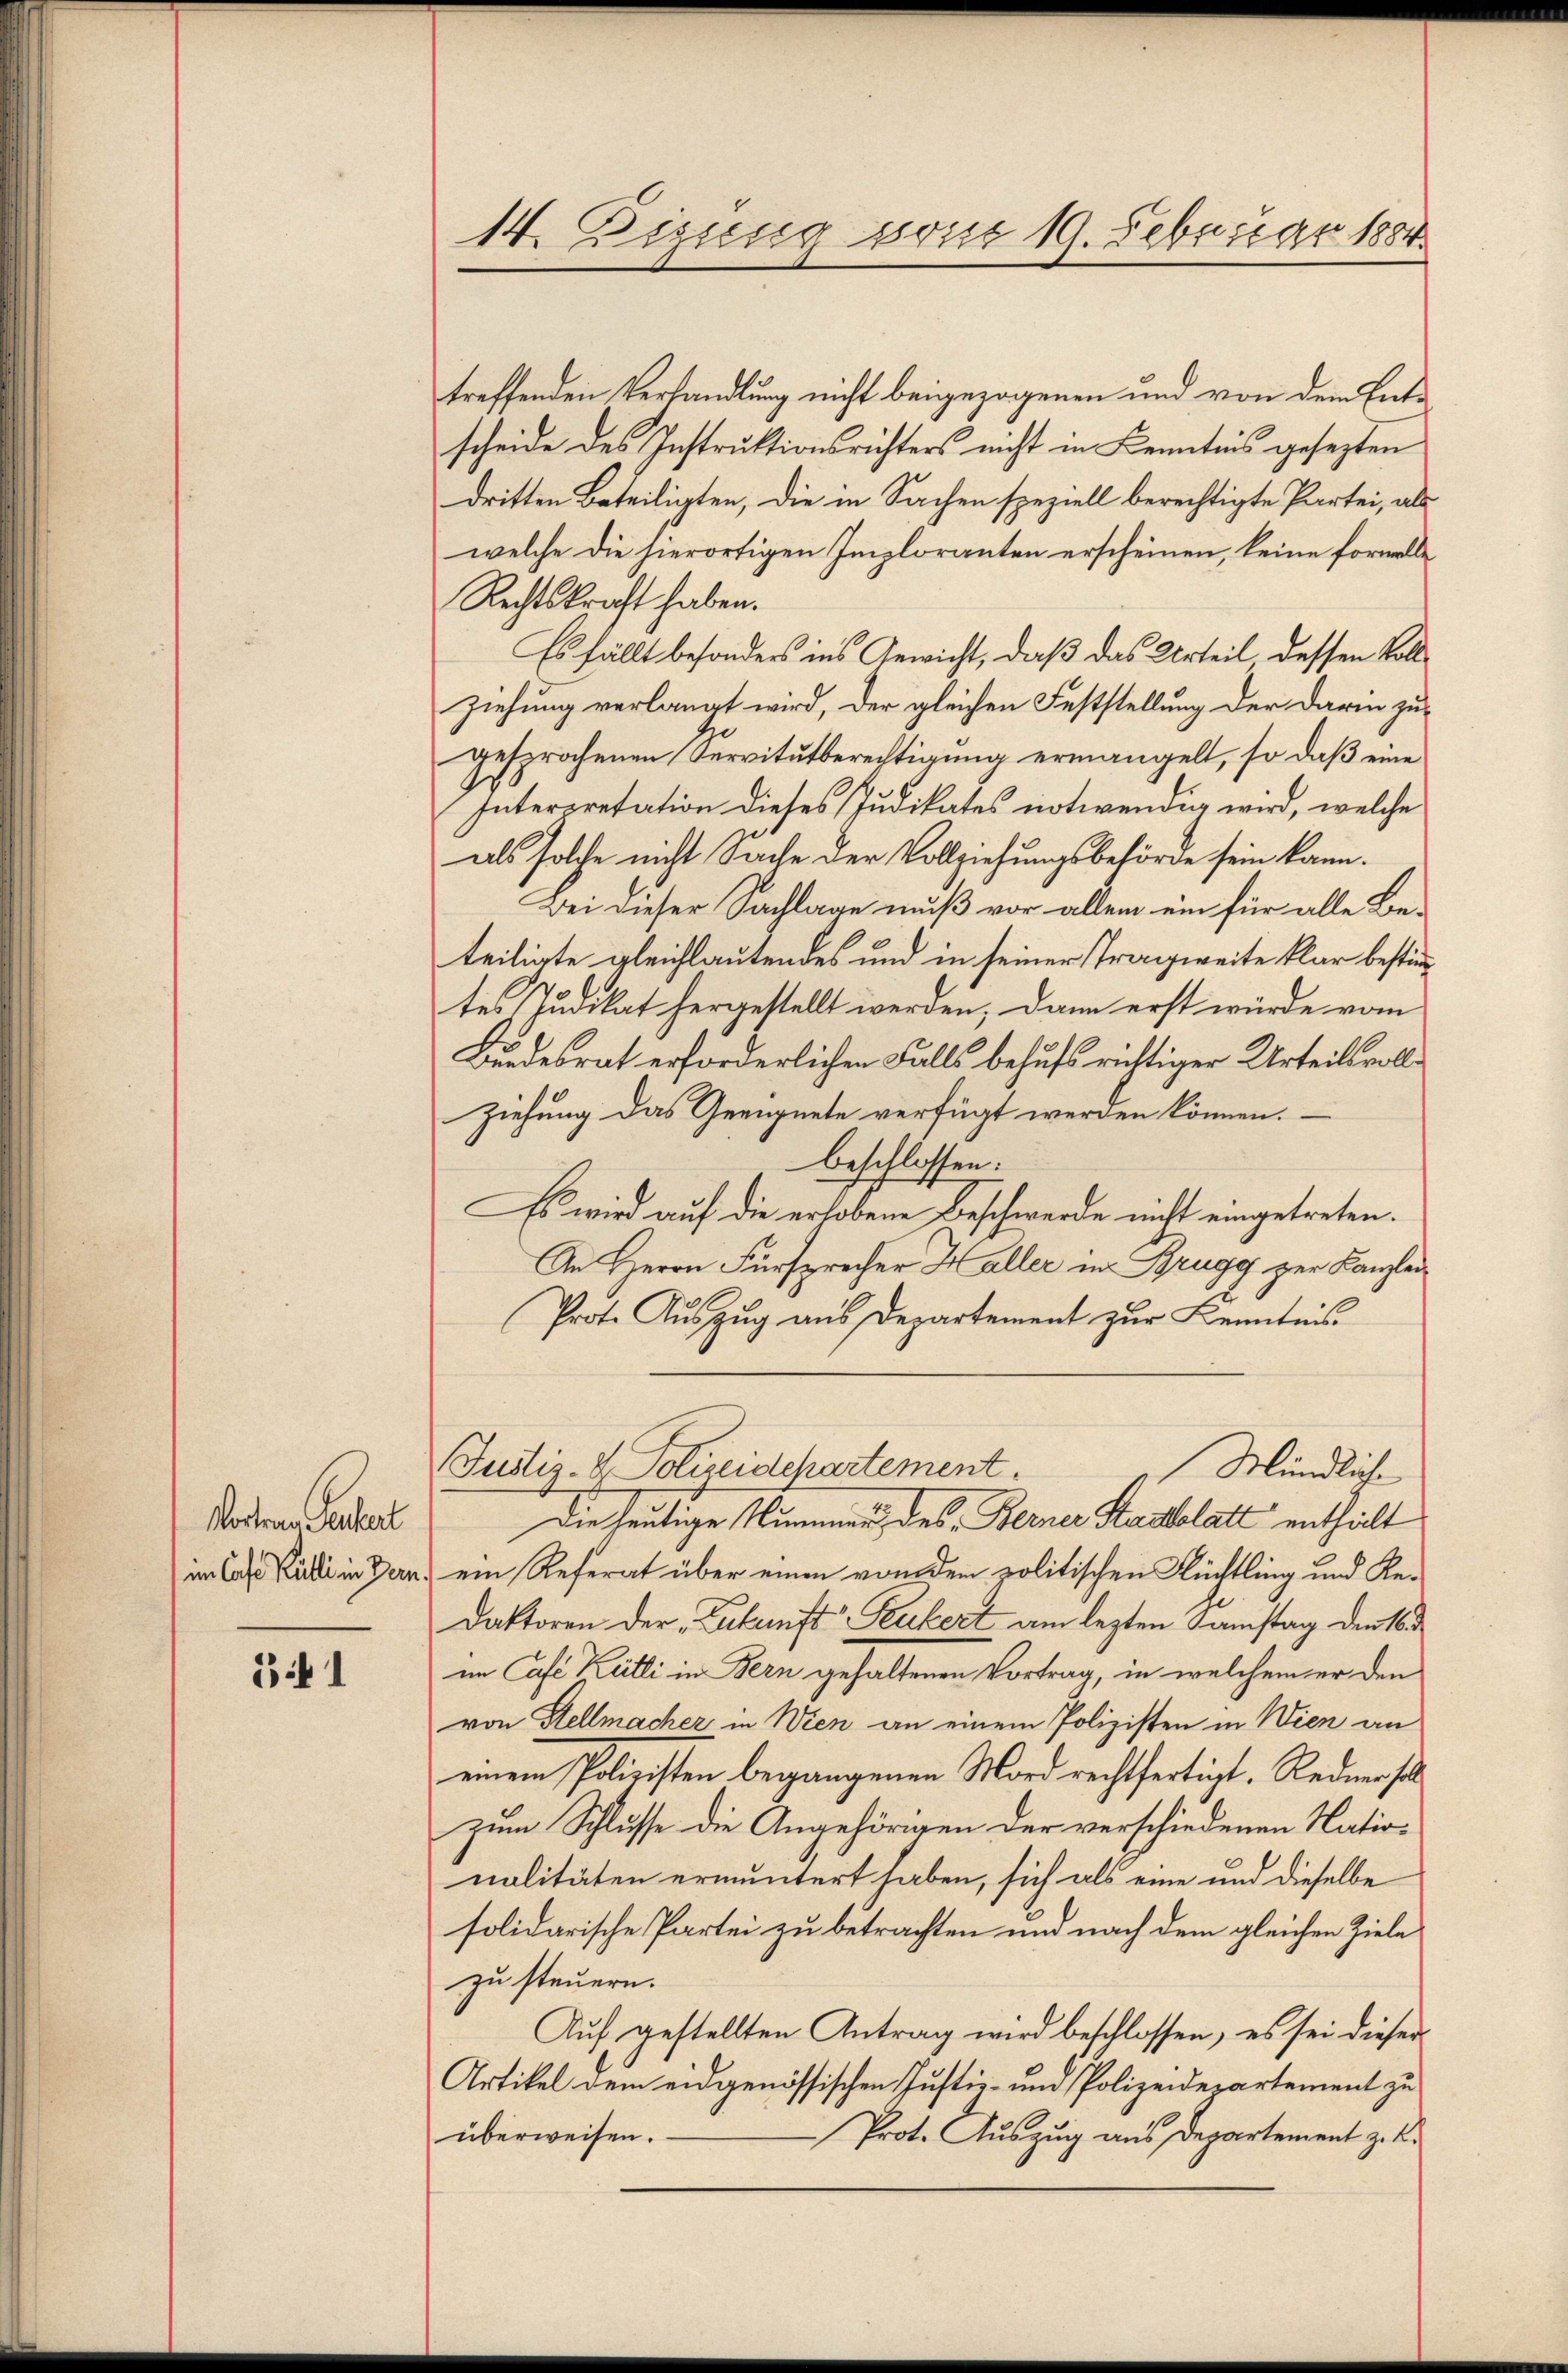
Vortrau Gerbert

3341

14. Zizung vom 19. Februar 1884.

treffenden Verhandlung nicht beigezogenen und von dem Entscheide des Instruktionsrichters nicht in Kenntnis gesezten
dritten Beteiligten, die in Sachen speziell berechtigte Partei, als
welche die hierortigen Imploranten erscheinen, keine formelle
Rechtskraft haben.
Es fällt besonders ins Gewicht, daß das Urteil dessen Vollziehung verlangt wird, der gleichen Feststellung der Darin zugesprochenen Servitutberechtigung ermangelt, so daß eine
Interpretation dieses Judikates notwendig wird, welche
als solche nicht Sache der Vollziehungsbehörde sein kann.
Bei dieser Sachlage muß vor allein ein für alle Beteiligte gleichlautendes und in seiner Tragweite klar bestimmtes Judikat hergestellt werden, dann erst wurde vom
Bundesrat erforderlichen Falls behufs richtiger Urteilsvollziehung das Geeignete verfügt werden können.
beschlossen:
Es wird auf die erhobene Beschwerde nicht eingetreten.
An Herrn Fürsprecher Haller in Brugg zur Kanzlei¬
Prote Auszug aus Departement zur Kenntnis
Justiz- & Polizeidchartement.
Mündliche
Die heutige Stimmen des Beiner Stadelat enthält
im Casse Pardi in Bern, ein Referat über einen von dem politischen Flüchtling und Redaktoren der Zukunft Feubert am lezten Samstag den Ni
im Café Ketti in Bern gehaltenen Vortrag, in welchem er den
von Stellmacher in Wien an einem Polizisten in Wien an
einem Polizisten begangenen Mord rechtfertigt. Rednerselzum Schlusse die Angehörigen der verschiedenen Nationalitäten ermuntert haben, sich als eine und dieselbe
solidarische Partei zu betrachten und nach dem gleichen Ziele
zu steuern.
Auf gestellten Antrag wird beschlossen, es sei dieser
Artikel dem eidgenössischen Justiz- und Polizeidepartement zu
Prot. Auszug aus Departement z. B.
überweisen.